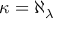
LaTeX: \kappa = \aleph _ { \lambda }